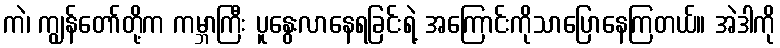
ကဲ၊ ကျွန်တော်တို့က ကမ္ဘာကြီး ပူနွေးလာနေရခြင်းရဲ့ အကြောင်းကိုသာပြောနေကြတယ်။ အဲဒါကို